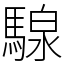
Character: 騡